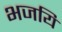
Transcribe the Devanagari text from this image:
भजयि